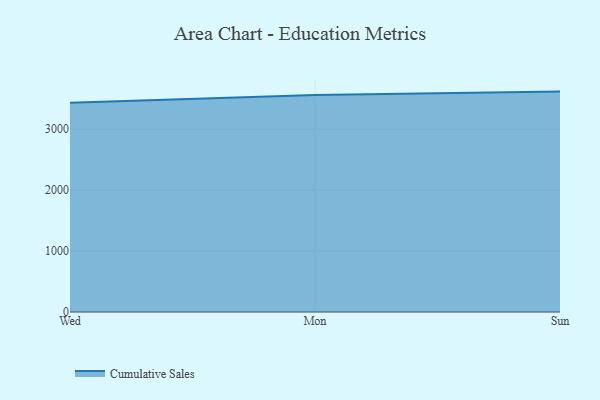
{"axis": {"x": "Day", "y": "Revenue (USD Million)"}, "legend": ["Cumulative Sales"], "data": [{"x": "Wed", "y": 3435.6, "type": "Cumulative Sales"}, {"x": "Mon", "y": 3561.1, "type": "Cumulative Sales"}, {"x": "Sun", "y": 3618.1, "type": "Cumulative Sales"}]}